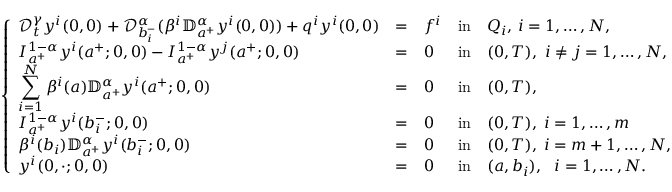
\left\{ \begin{array} { l l l l l l l l l l l l l l l l l } { \displaystyle { \mathcal D } _ { t } ^ { \gamma } y ^ { i } ( 0 , 0 ) + \mathcal { D } _ { b _ { i } ^ { - } } ^ { \alpha } ( \beta ^ { i } \mathbb { D } _ { a ^ { + } } ^ { \alpha } y ^ { i } ( 0 , 0 ) ) + q ^ { i } y ^ { i } ( 0 , 0 ) } & { = } & { f ^ { i } } & { \mathrm { i n } } & { Q _ { i } , \, i = 1 , \dots , N , } \\ { \displaystyle I _ { a ^ { + } } ^ { 1 - \alpha } y ^ { i } ( a ^ { + } ; 0 , 0 ) - I _ { a ^ { + } } ^ { 1 - \alpha } y ^ { j } ( a ^ { + } ; 0 , 0 ) } & { = } & { 0 } & { \mathrm { i n } } & { ( 0 , T ) , ~ i \neq j = 1 , \dots , N , } \\ { \displaystyle \sum _ { i = 1 } ^ { N } \beta ^ { i } ( a ) \mathbb { D } _ { a ^ { + } } ^ { \alpha } y ^ { i } ( a ^ { + } ; 0 , 0 ) } & { = } & { 0 } & { \mathrm { i n } } & { ( 0 , T ) , } \\ { \displaystyle I _ { a ^ { + } } ^ { 1 - \alpha } y ^ { i } ( b _ { i } ^ { - } ; 0 , 0 ) } & { = } & { 0 } & { \mathrm { i n } } & { ( 0 , T ) , \; i = 1 , \dots , m } \\ { \displaystyle \beta ^ { i } ( b _ { i } ) \mathbb { D } _ { a ^ { + } } ^ { \alpha } y ^ { i } ( b _ { i } ^ { - } ; 0 , 0 ) } & { = } & { 0 } & { \mathrm { i n } } & { ( 0 , T ) , \; i = m + 1 , \dots , N , } \\ { \displaystyle y ^ { i } ( 0 , \cdot ; 0 , 0 ) } & { = } & { 0 } & { \mathrm { i n } } & { ( a , b _ { i } ) , ~ ~ i = 1 , \dots , N . } \end{array} \right.